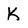
Character: K